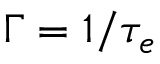
\Gamma = 1 / \tau _ { e }